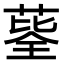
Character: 𦷅